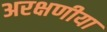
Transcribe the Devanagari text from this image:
अरक्षणीया